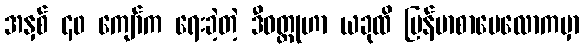
အနှစ် ၄၀ ကျော်က ရေးခဲ့တဲ့ ဒီဝတ္ထုဟာ ယခုထိ မြန်မာစာပေလောကမှာ